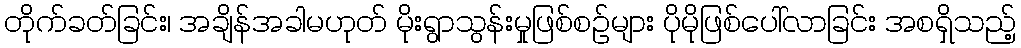
တိုက်ခတ်ခြင်း၊ အချိန်အခါမဟုတ် မိုးရွာသွန်းမှုဖြစ်စဉ်များ ပိုမိုဖြစ်ပေါ်လာခြင်း အစရှိသည့်